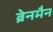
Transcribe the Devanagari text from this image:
ब्रेनमैन